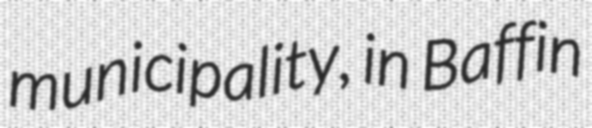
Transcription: municipality, in Baffin